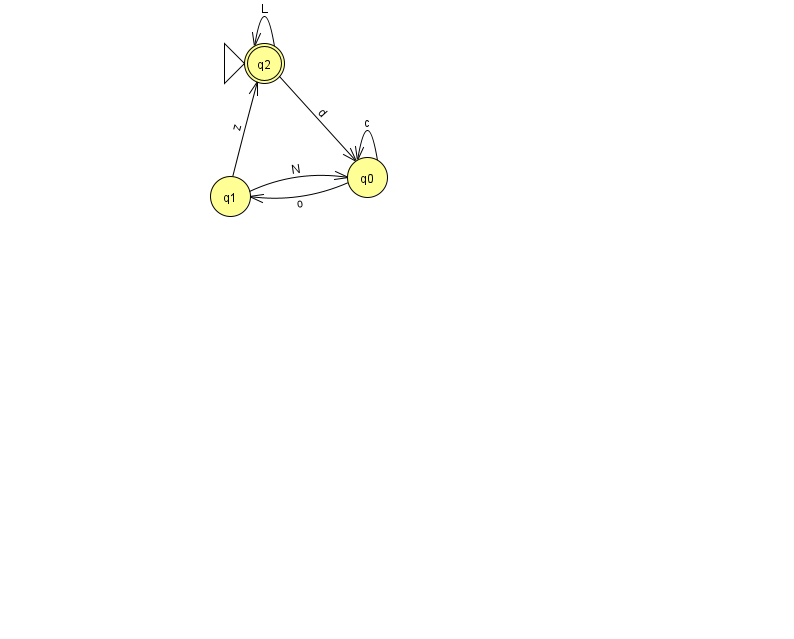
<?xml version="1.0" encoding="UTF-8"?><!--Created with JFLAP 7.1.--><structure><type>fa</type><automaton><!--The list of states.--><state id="0" name="q0"><x>367.0</x><y>164.0</y></state><state id="1" name="q1"><x>230.0</x><y>183.0</y></state><state id="2" name="q2"><x>264.0</x><y>50.0</y><initial/><final/></state><!--The list of transitions.--><transition><from>1</from><to>2</to><read>z</read></transition><transition><from>0</from><to>0</to><read>c</read></transition><transition><from>0</from><to>1</to><read>o</read></transition><transition><from>2</from><to>2</to><read>L</read></transition><transition><from>1</from><to>0</to><read>N</read></transition><transition><from>2</from><to>0</to><read>d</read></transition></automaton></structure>